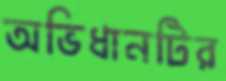
অভিধানটির